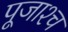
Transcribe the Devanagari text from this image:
पूजाश्‍च